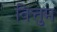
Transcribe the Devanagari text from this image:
वित्तुम